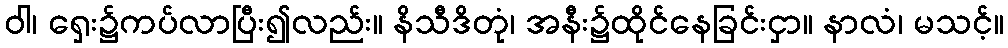
ဝါ၊ ရှေး၌ကပ်လာပြီး၍လည်း။ နိသီဒိတုံ၊ အနီး၌ထိုင်နေခြင်းငှာ။ နာလံ၊ မသင့်။